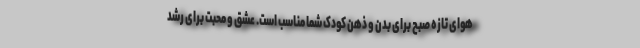
هوای تازه صبح برای بدن و ذهن کودک شما مناسب است. عشق و محبت برای رشد